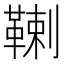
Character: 𩋷